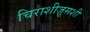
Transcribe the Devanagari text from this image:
चिराशीज़ूसशी